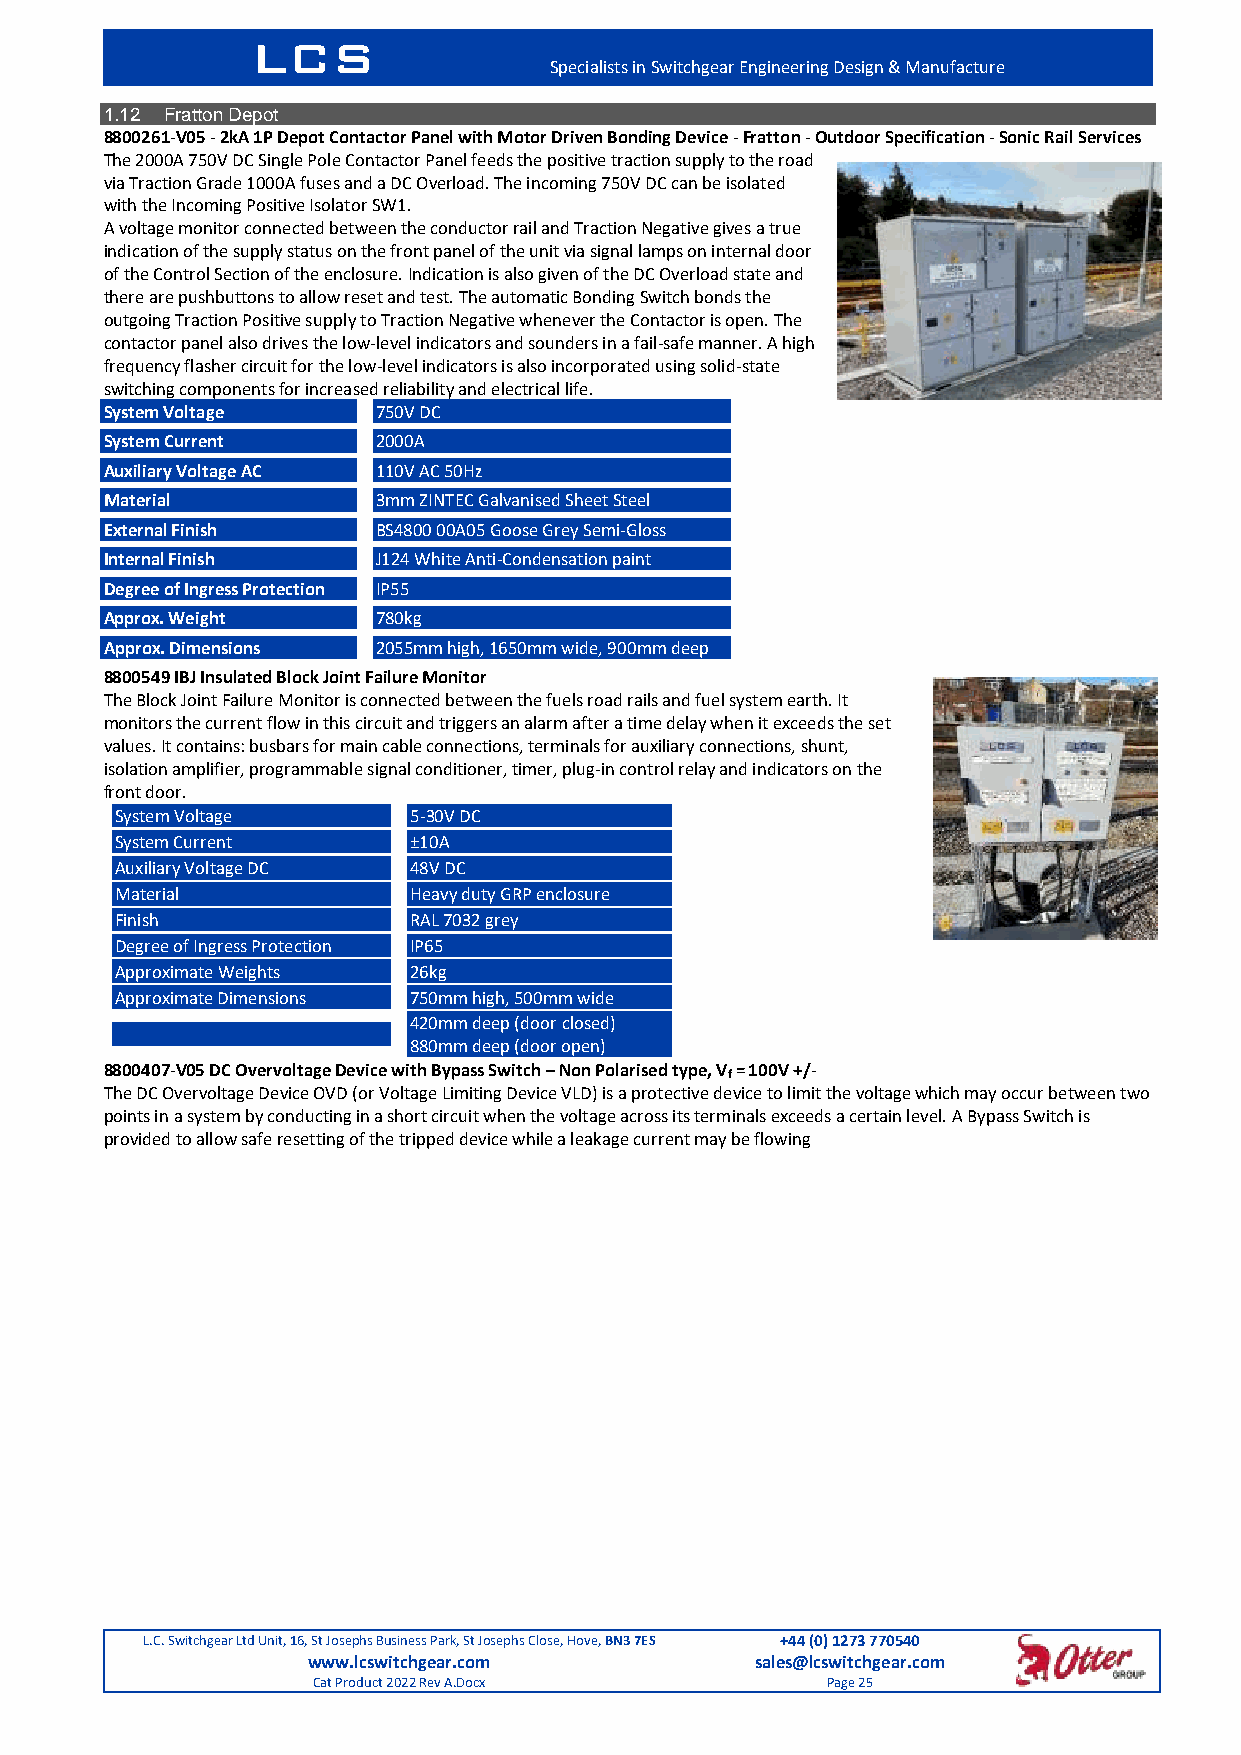
LCS
 Specialists in Switchgear Engineering Design & Manufacture
 1.12 Fratton Depot
 8800261-V05 - 2kA 1P Depot Contactor Panel with Motor Driven Bonding Device - Fratton - Outdoor Specification - Sonic Rail Services
 The 2000A 750V DC Single Pole Contactor Panel feeds the positive traction supply to the road
 via Traction Grade 1000A fuses and a DC Overload. The incoming 750V DC can be isolated
 with the Incoming Positive Isolator SW1.
 A voltage monitor connected between the conductor rail and Traction Negative gives a true
 indication of the supply status on the front panel of the unit via signal lamps on internal door
 of the Control Section of the enclosure. Indication is also given of the DC Overload state and
 there are pushbuttons to allow reset and test. The automatic Bonding Switch bonds the
 outgoing Traction Positive supply to Traction Negative whenever the Contactor is open. The
 contactor panel also drives the low-level indicators and sounders in a fail-safe manner. A high
 frequency flasher circuit for the low-level indicators is also incorporated using solid-state
 switching components for increased reliability and electrical life.
 System Voltage    750V DC
 System Current    2000A
 Auxiliary Voltage AC 110V AC 50Hz
 Material          3mm ZINTEC Galvanised Sheet Steel
 External Finish   BS4800 00A05 Goose Grey Semi-Gloss
 Internal Finish   J124 White Anti-Condensation paint
 Degree of Ingress Protection IP55
 Approx. Weight    780kg
 Approx. Dimensions 2055mm high, 1650mm wide, 900mm deep
 8800549 IBJ Insulated Block Joint Failure Monitor
 The Block Joint Failure Monitor is connected between the fuels road rails and fuel system earth. It
 monitors the current flow in this circuit and triggers an alarm after a time delay when it exceeds the set
 values. It contains: busbars for main cable connections, terminals for auxiliary connections, shunt,
 isolation amplifier, programmable signal conditioner, timer, plug-in control relay and indicators on the
 front door.
 System Voltage     5-30V DC
 System Current     ±10A
 Auxiliary Voltage DC 48V DC
 Material           Heavy duty GRP enclosure
 Finish             RAL 7032 grey
 Degree of Ingress Protection IP65
 Approximate Weights 26kg
 Approximate Dimensions 750mm high, 500mm wide
 420mm deep (door closed)
 880mm deep (door open)
 8800407-V05 DC Overvoltage Device with Bypass Switch – Non Polarised type, V = 100V +/-
 f
 The DC Overvoltage Device OVD (or Voltage Limiting Device VLD) is a protective device to limit the voltage which may occur between two
 points in a system by conducting in a short circuit when the voltage across its terminals exceeds a certain level. A Bypass Switch is
 provided to allow safe resetting of the tripped device while a leakage current may be flowing
 L.C. Switchgear Ltd Unit, 16, St Josephs Business Park, St Josephs Close, Hove, BN3 7ES +44 (0) 1273 770540
 www.lcswitchgear.com          sales@lcswitchgear.com
 Cat Product 2022 Rev A.Docx       Page 25